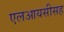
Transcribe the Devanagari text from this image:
एलआयसीसह